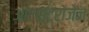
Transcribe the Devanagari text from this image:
ओएस्टरोजेन